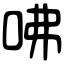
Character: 咈